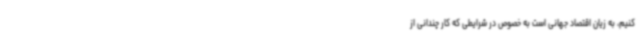
کنیم، به زیان اقتصاد جهانی است به خصوص در شرایطی که کار چندانی از